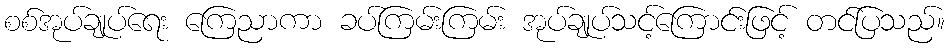
စစ်အုပ်ချုပ်ရေး ကြေညာကာ ခပ်ကြမ်းကြမ်း အုပ်ချုပ်သင့်ကြောင်းဖြင့် တင်ပြသည်။